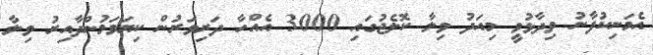
އެމަނިކުފާނު ވިދާޅުވީ މިއަދު ވިލާ ކޮލެޖުގައި 3000 އެއްހާ ދަރިވަރުން ކިޔަވަމުންދާއިރު ވިލާ